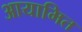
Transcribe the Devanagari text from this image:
आयामित